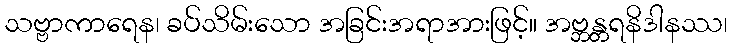
သဗ္ဗာကာရေန၊ ခပ်သိမ်းသော အခြင်းအရာအားဖြင့်။ အဗ္ဘန္တရနိဒါနဿ၊